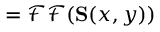
= { \mathcal { F F } } ( \mathbf { S } ( x , y ) )